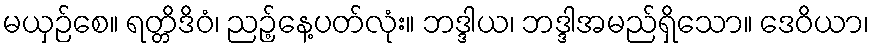
မယှဉ်စေ။ ရတ္တိဒိဝံ၊ ညဉ့်နေ့ပတ်လုံး။ ဘဒ္ဒါယ၊ ဘဒ္ဒါအမည်ရှိသော။ ဒေဝိယာ၊